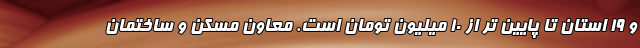
و ۱۹ استان تا پایین تر از ۱۰ میلیون تومان است. معاون مسکن و ساختمان